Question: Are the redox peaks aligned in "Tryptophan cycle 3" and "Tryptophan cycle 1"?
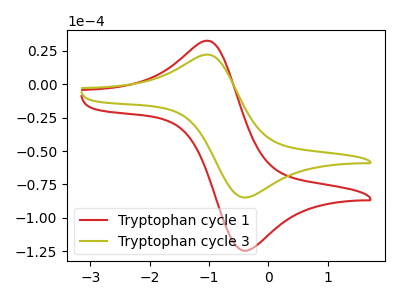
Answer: <think>The red curve "Tryptophan cycle 1" has an anodic peak at (-1.00V, 32.05uA) and a cathodic peak at (-0.40V, -124.55uA). The olive curve "Tryptophan cycle 3" has an anodic peak at (-1.00V, 21.80uA) and a cathodic peak at (-0.40V, -84.75uA).</think>
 <answer>Yes, "Tryptophan cycle 3" have a peak in "Tryptophan cycle 1" at the same potential.</answer>
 <eval>match</eval>